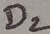
Text: D2